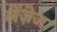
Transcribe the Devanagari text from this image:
लेंज़ेज